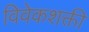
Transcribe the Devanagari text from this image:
विवेकशक्ती